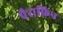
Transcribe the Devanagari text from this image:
पैराफ़िन